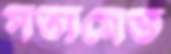
সত্যমেভ